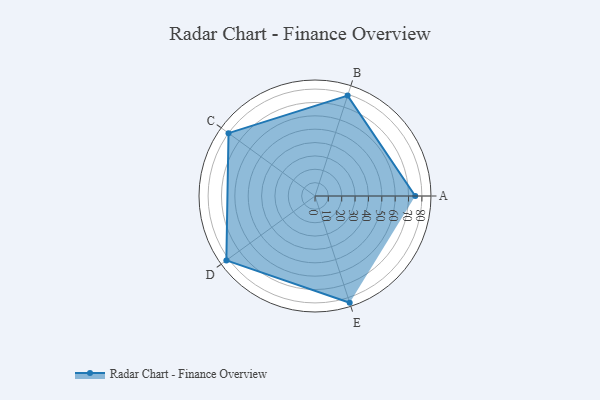
{"axis": {"x": "Skill", "y": "Score"}, "legend": ["Profile"], "data": [{"x": "A", "y": 75.0, "type": "Profile"}, {"x": "B", "y": 79.0, "type": "Profile"}, {"x": "C", "y": 80.0, "type": "Profile"}, {"x": "D", "y": 82.0, "type": "Profile"}, {"x": "E", "y": 84.0, "type": "Profile"}]}